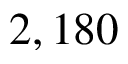
2 , 1 8 0